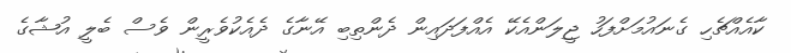
ކާއެއްޗެހި ގެނައުމަށްފަހު ޖީލަންއެކޭ އެއްފަދައިން ދެންތިބި އޭނާގެ ދެއެކުވެރީން ވެސް ބެލީ އުޝާގެ